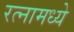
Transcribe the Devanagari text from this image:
रत्‍नामध्ये